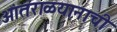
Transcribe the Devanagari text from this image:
आंतराळयानाची